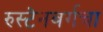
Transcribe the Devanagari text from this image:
रुस्टेनबर्गचा